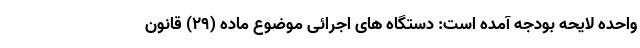
واحده لایحه بودجه آمده است: دستگاه های اجرائی موضوع ماده (29) قانون